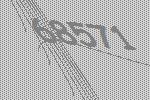
68571